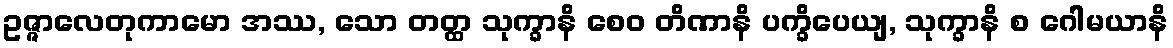
ဥဇ္ဇာလေတုကာမော အဿ, သော တတ္ထ သုက္ခာနိ စေဝ တိဏာနိ ပက္ခိပေယျ, သုက္ခာနိ စ ဂေါမယာနိ